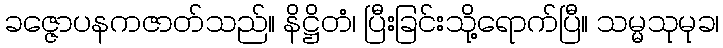
ခဇ္ဇောပနကဇာတ်သည်။ နိဋ္ဌိတံ၊ ပြီးခြင်းသို့ရောက်ပြီ။ သမ္မသုမုခ၊